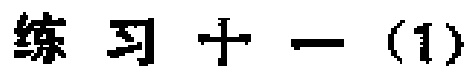
练习十一（1）